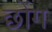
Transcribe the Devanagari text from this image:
छोंग